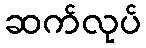
ဆက်လုပ်